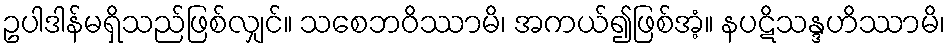
ဥပါဒါန်မရှိသည်ဖြစ်လျှင်။ သစေဘဝိဿာမိ၊ အကယ်၍ဖြစ်အံ့။ နပဋိသန္ဒဟိဿာမိ၊